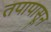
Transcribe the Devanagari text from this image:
तपापासून